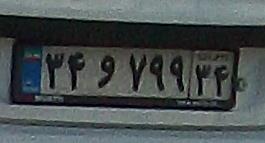
۳۴و۷۹۹۳۴